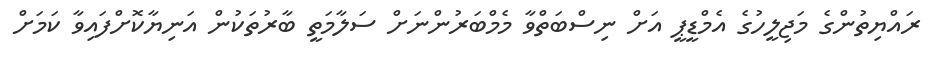
ރައްޔިތުންގެ މަޖިލީހުގެ އެމްޑީޕީ އަށް ނިސްބަތްވާ މެމްބަރުންނަށް ސަލާމަތީ ބާރުތަކުން އަނިޔާކޮށްފައިވާ ކަމަށް